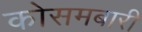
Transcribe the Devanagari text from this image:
कोसमबारी